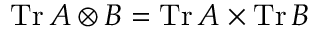
\operatorname { T r } A \otimes B = \operatorname { T r } A \times \operatorname { T r } B